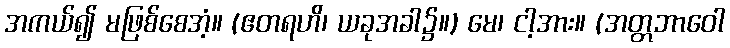
အကယ်၍ မဖြစ်စေအံ့။ (ဧတရဟိ၊ ယခုအခါ၌။) မေ၊ ငါ့အား။ (အတ္တဘာဝေါ